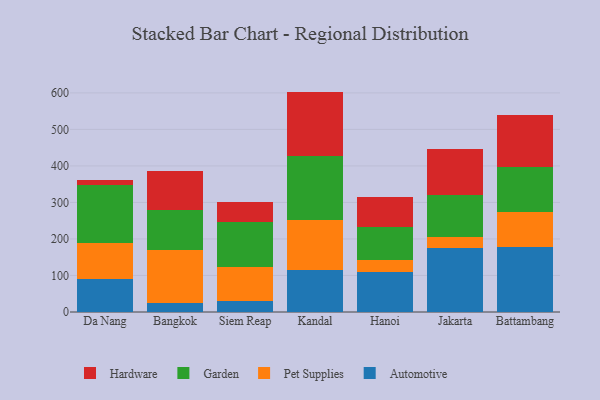
{"axis": {"x": "City", "y": "Gross Profit (USD K)"}, "legend": ["Automotive", "Garden", "Hardware", "Pet Supplies"], "data": [{"x": "Da Nang", "y": 90.2, "type": "Automotive"}, {"x": "Da Nang", "y": 100.0, "type": "Pet Supplies"}, {"x": "Da Nang", "y": 157.3, "type": "Garden"}, {"x": "Da Nang", "y": 12.8, "type": "Hardware"}, {"x": "Bangkok", "y": 24.7, "type": "Automotive"}, {"x": "Bangkok", "y": 144.9, "type": "Pet Supplies"}, {"x": "Bangkok", "y": 109.8, "type": "Garden"}, {"x": "Bangkok", "y": 106.7, "type": "Hardware"}, {"x": "Siem Reap", "y": 28.9, "type": "Automotive"}, {"x": "Siem Reap", "y": 95.3, "type": "Pet Supplies"}, {"x": "Siem Reap", "y": 122.6, "type": "Garden"}, {"x": "Siem Reap", "y": 54.2, "type": "Hardware"}, {"x": "Kandal", "y": 114.5, "type": "Automotive"}, {"x": "Kandal", "y": 138.4, "type": "Pet Supplies"}, {"x": "Kandal", "y": 173.1, "type": "Garden"}, {"x": "Kandal", "y": 177.5, "type": "Hardware"}, {"x": "Hanoi", "y": 109.6, "type": "Automotive"}, {"x": "Hanoi", "y": 31.8, "type": "Pet Supplies"}, {"x": "Hanoi", "y": 90.3, "type": "Garden"}, {"x": "Hanoi", "y": 83.3, "type": "Hardware"}, {"x": "Jakarta", "y": 174.0, "type": "Automotive"}, {"x": "Jakarta", "y": 31.0, "type": "Pet Supplies"}, {"x": "Jakarta", "y": 115.8, "type": "Garden"}, {"x": "Jakarta", "y": 126.6, "type": "Hardware"}, {"x": "Battambang", "y": 177.4, "type": "Automotive"}, {"x": "Battambang", "y": 95.6, "type": "Pet Supplies"}, {"x": "Battambang", "y": 125.1, "type": "Garden"}, {"x": "Battambang", "y": 142.5, "type": "Hardware"}]}